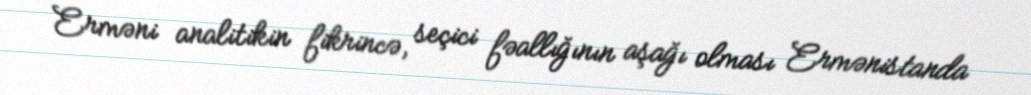
Erməni analitikin fikrincə, seçici fəallığının aşağı olması Ermənistanda